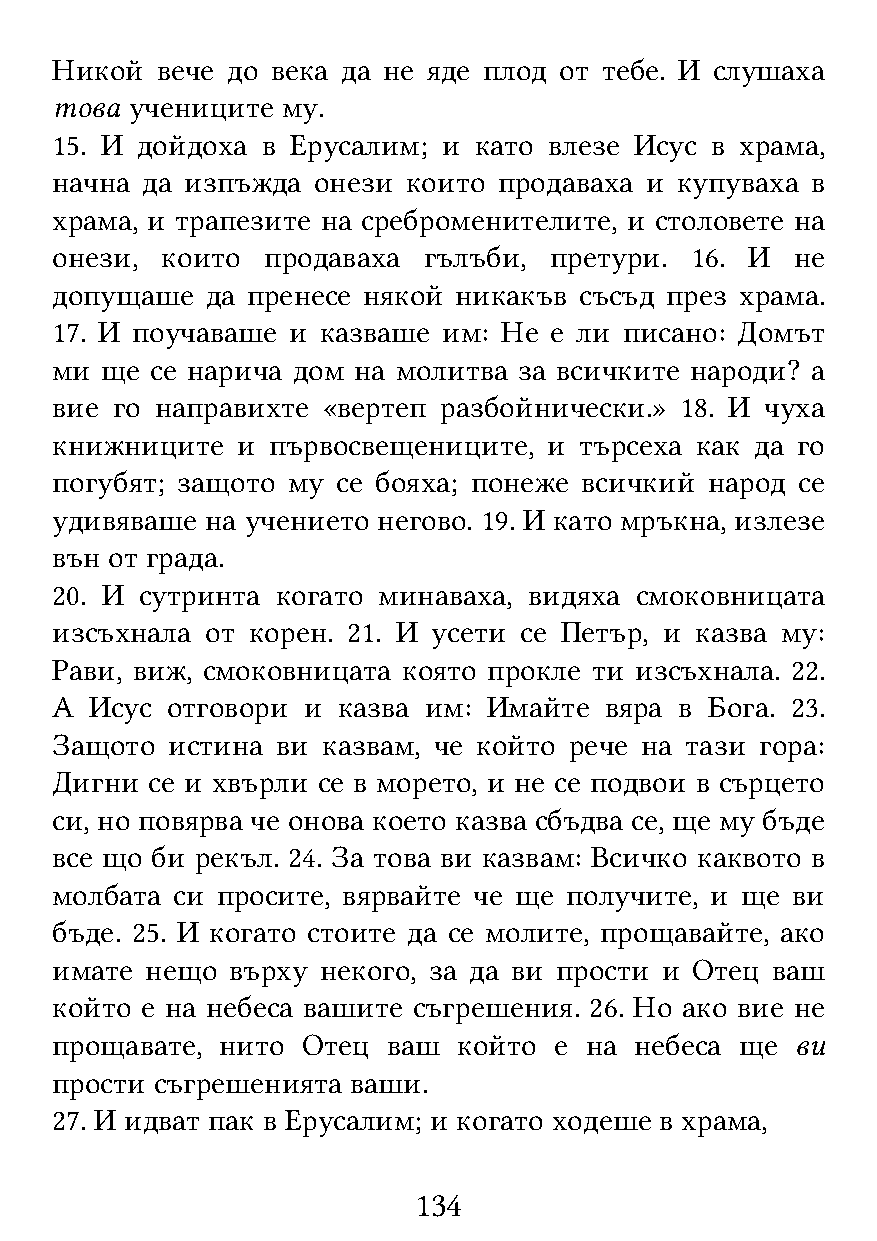
Никой  вече до века да не яде плод от тебе. И слушаха
 това  учениците му.
 15. И дойдоха в Ерусалим; и като влезе Исус в храма,
 начна да изпъжда  онези които продаваха и купуваха в
 храма, и трапезите на среброменителите, и столовете на
 онези,  които  продаваха гълъби, претури.  16. И  не
 допущаше   да пренесе някой никакъв съсъд през храма.
 17. И поучаваше и казваше им: Не е ли писано: Домът
 ми  ще се нарича дом на молитва за всичките народи? а
 вие го направихте «вертеп разбойнически.» 18. И чуха
 книжниците   и първосвещениците, и търсеха как да го
 погубят; защото му се бояха; понеже всичкий народ се
 удивяваше  на учението негово. 19. И като мръкна, излезе
 вън от града.
 20. И сутринта когато минаваха, видяха смоковницата
 изсъхнала  от корен. 21. И усети се Петър, и казва му:
 Рави, виж, смоковницата която прокле ти изсъхнала. 22.
 А  Исус отговори и казва им: Имайте  вяра в Бога. 23.
 Защото  истина ви казвам, че който рече на тази гора:
 Дигни  се и хвърли се в морето, и не се подвои в сърцето
 си, но повярва че онова което казва сбъдва се, ще му бъде
 все що би рекъл. 24. За това ви казвам: Всичко каквото в
 молбата си просите, вярвайте че ще получите, и ще ви
 бъде. 25. И когато стоите да се молите, прощавайте, ако
 имате  нещо върху некого, за да ви прости и Отец ваш
 който е на небеса вашите съгрешения. 26. Но ако вие не
 прощавате,  нито Отец  ваш който  е на небеса ще  ви
 прости съгрешенията ваши.
 27. И идват пак в Ерусалим; и когато ходеше в храма,
 134